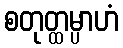
စတုတ္ထမ္ပာဟံ